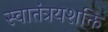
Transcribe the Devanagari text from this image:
स्वातंत्रयशक्ति